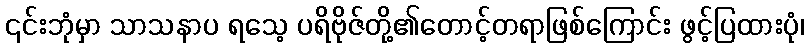
၎င်းဘုံမှာ သာသနာပ ရသေ့ ပရိဗိုဇ်တို့၏တောင့်တရာဖြစ်ကြောင်း ဖွင့်ပြထားပုံ၊